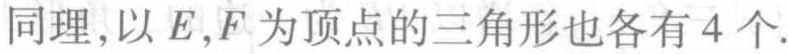
同理,以\(E,F\)为顶点的三角形也各有\(4\)个.